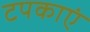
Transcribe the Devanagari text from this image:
टपकाएं